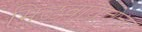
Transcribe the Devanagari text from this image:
मिळवायचेच